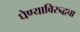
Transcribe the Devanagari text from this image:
घेण्याविरुद्धचा